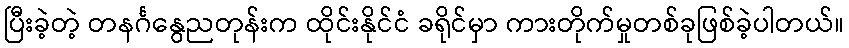
ပြီးခဲ့တဲ့ တနင်္ဂနွေညတုန်းက ထိုင်းနိုင်ငံ ခရိုင်မှာ ကားတိုက်မှုတစ်ခုဖြစ်ခဲ့ပါတယ်။